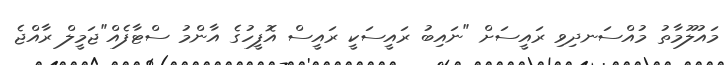
މައުލޫމާތު މުއްސަނދިވި ރައީސަށް "ނައިބު ރައީސަކީ ރައީސް އޮފީހުގެ އާންމު ސްޓާފެއް"ޖަމީލް ރާއްޖެ